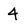
Character: 4